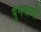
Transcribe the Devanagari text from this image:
पुंगवाची